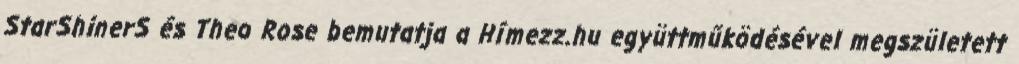
StarShinerS és Theo Rose bemutatja a Hímezz.hu együttműködésével megszületett